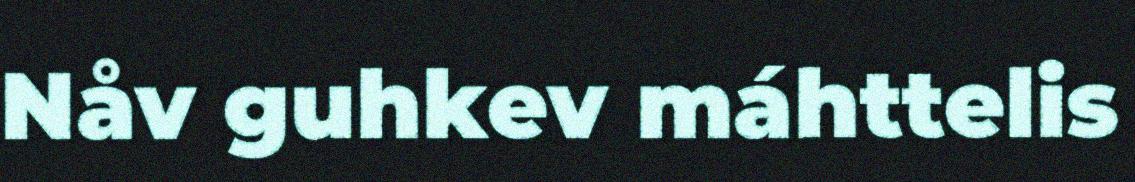
Nåv guhkev máhttelis